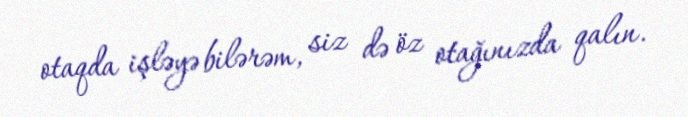
otaqda işləyə bilərəm, siz də öz otağınızda qalın.